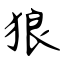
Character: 狼